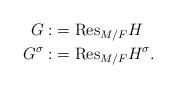
LaTeX: \begin{align*} G:&=\mathrm{Res}_{M/F}H\\ G^{\sigma}:&=\mathrm{Res}_{M/F}H^{\sigma}.\end{align*}